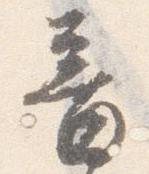
音